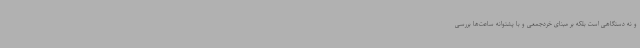
و نه دستگاهی است بلکه بر مبنای خردجمعی و با پشتوانه ساعت‌ها بررسی